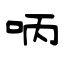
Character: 呐